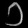
Digit: ၁